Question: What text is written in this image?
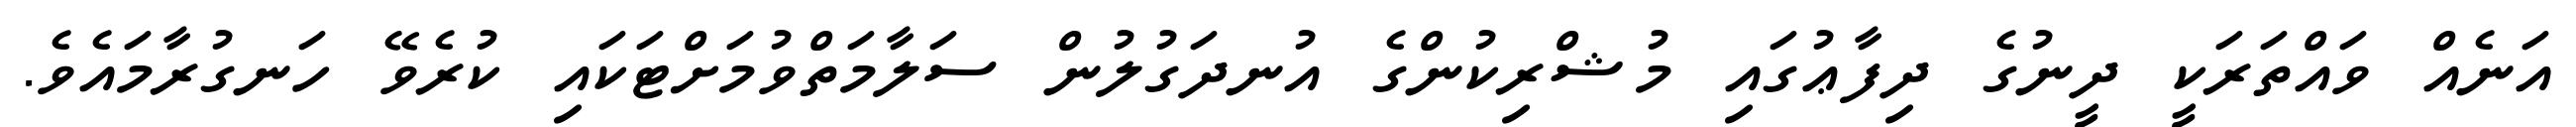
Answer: އަނެއް ވައްތަރަކީ ދީނުގެ ދިފާޢުގައި މުޝްރިކުންގެ އުނދަގުލުން ސަލާމަތްވުމަށްޓަކައި ކުރެވޭ ހަނގުރާމައެވެ.